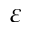
\varepsilon